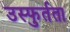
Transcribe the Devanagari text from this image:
उस्फुर्तता